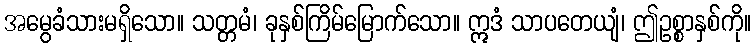
အမွေခံသားမရှိသော။ သတ္တမံ၊ ခုနှစ်ကြိမ်မြောက်သော။ ဣဒံ သာပတေယျံ၊ ဤဥစ္စာနှစ်ကို။